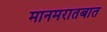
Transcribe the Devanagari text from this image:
मानमरातबात